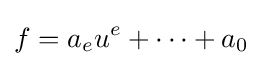
f=a_{e}u^{e}+\cdots +a_{0}